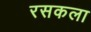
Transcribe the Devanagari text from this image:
रसकला